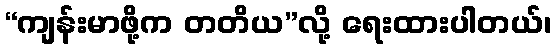
“ကျန်းမာဖို့က တတိယ”လို့ ရေးထားပါတယ်၊